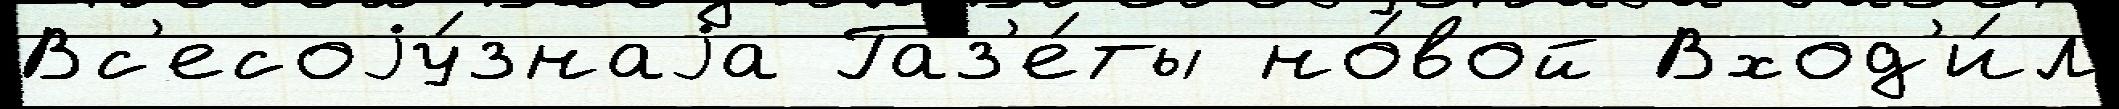
Вс'есоjу́знаjа Газ'е́ты но́вой Вход'и́л